Relation of titanus [i.e. tetanus] to the hypodermic or intramuscular injection of quinine - Number 43
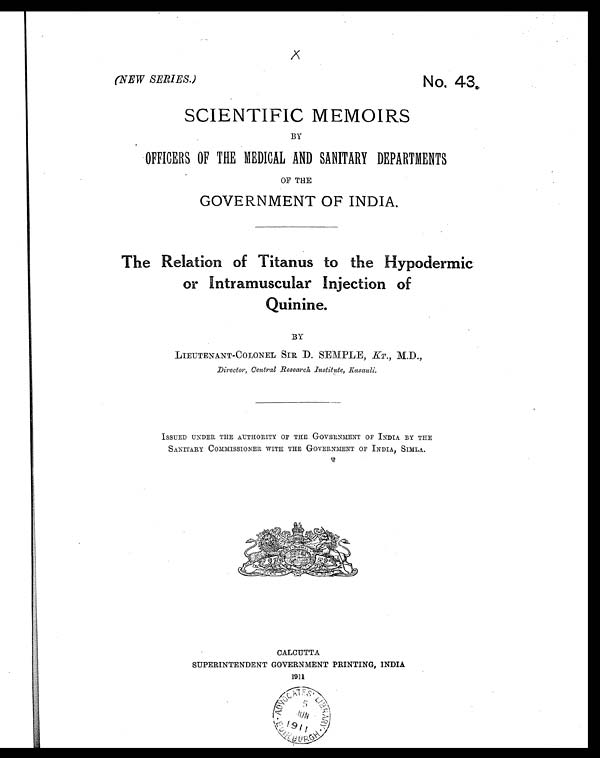
(NEW SERIES.)
No. 43.
SCIENTIFIC MEMOIRS
BY
OFFICERS OF THE MEDICAL AND SANITARY DEPARTMENTS
OF THE
GOVERNMENT OF INDIA.
The Relation of Titanus to the Hypodermic
or Intramuscular Injection of
Quinine.
BY
LIEUTENANT-COLONEL SIR D. SEMPLE, KT., M.D.,
Director, Central Research Institute, Kasauli.
ISSUED UNDER THE AUTHORITY OF THE GOVERNMENT OP INDIA BY THE
SANITARY COMMISSIONER WITH THE GOVERNMENT OF INDIA, SIMLA.
CALCUTTA
SUPERINTENDENT GOVERNMENT PRINTING, INDIA
1911